Sanitation, dispensaries and jails vaccination Rajputana 1922-1927 - 1922-1927
Year: 1922
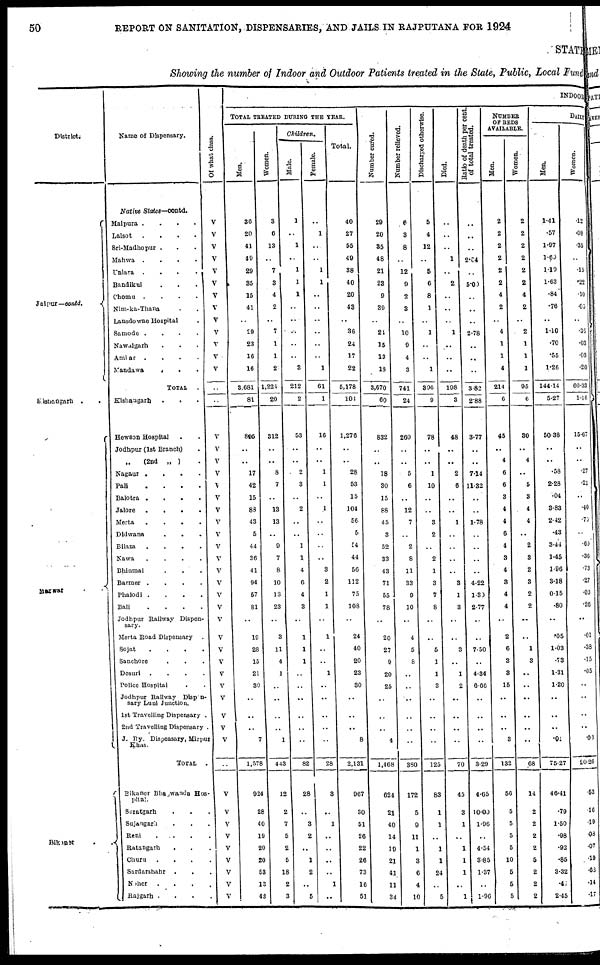
50
REPORT ON SANITATION, DISPENSARIES, AND JAILS IN RAJPUTANA FOR 1924
STATE
Showing the number of Indoor and Outdoor Patients treated in the State, Public, Local Fund
District
Jaipur—conld.
Kishangarh .
.
Marwar
Bikaner
.
.
Name of Dispensary.
Native
States—contd.
Malpura .
.
.
.
Lalsot
.
.
.
.
Sri-Madhopur . . .
Mahwa
.
. . . .
Uniara
.
.
.
.
Bandikui . . .
Chomu .
.
.
.
Nim-ka-Thana . .
Lansdowne Hospital
.
Samode .
.
.
.
Nawalgarh . . .
Amlar
.
.
.
.
Mandawa . . .
TOTAL .
Kishangarh . . .
Hewson Hospital .
Jodhpur (1st Branch)
„
(2nd „ ) .
Nagaur .
.
.
.
Pali
.
.
.
.
Balotra .
.
.
.
Jalore . . . .
Merta
.
.
.
.
Didwana
.
.
Bilana
.
.
.
.
Nawa
.
.
.
.
Bhinmal
.
.
.
Barmer .
.
.
.
Phalodi .
.
.
.
Bali
.
.
.
.
Jodhpur Railway Dispen-
sary.
Merta Road Dispensary
Sojat
.
.
.
.
Sanchore
.
.
Desuri
.
.
.
.
Police Hospital
Jodhpur Railway Dispen¬
sary Luni Junction.
1st Travelling Dispensary .
2nd Travelling Dispensary .
J. Ry. Dispensary, Mirpur
Khas.
TOTAL
.
Bikaner Bhagwanda Hos-
pital.
Suratgarh . . .
Sujangarh . . .
Reni
.
.
.
.
Ratangarh
. . .
Churu
.
.
.
.
Sardarshahr
.
Noher
.
.
.
.
Rajgarh .
.
.
.
Of what class.
V
V
V
V
V
V
V
V
V
V
V
V
V
..
..
V
V
V
V
V
V
V
V
V
V
V
V
V
V
V
V
V
V
V
V
V
V
V
V
V
..
V
V
V
V
V
V
V
V
V
INDOOR
TOTAL TREATED DURING THE YEAR.
Men.
36
20
41
49
29
.35
15
41
..
29
23
16
16
3,681
81
805
..
..
17
42
15
88
43
5
44
36
41
94
57
81
..
10
28
15
21
30
..
..
..
7
1,578
924
28
40
19
20
20
53
13
43
Women.
3
6
13
..
7
3
4
2
..
7
1
1
2
1,224
20
312
..
..
8
7
..
13
13
..
9
7
8
10
13
23
..
3
11
4
1
..
..
..
..
1
443
12
2
7
5
2
5
18
2
3
Children.
Male.
1
..
1
..
1
1
1
..
..
..
..
..
3
212
2
53
..
..
2
3
..
2
..
..
1
1
4
6
4
3
..
1
1
1
..
..
..
..
..
..
82
28
..
3
2
..
1
2
..
5
Female.
..
1
..
..
1
1
..
..
..
..
..
..
1
61
1
16
..
..
1
1
..
1
..
..
..
..
3
2
1
1
..
1
..
..
1
..
..
..
..
..
28
3
..
1
..
..
..
..
1
..
Total.
40
27
55
49
38
40
20
43
..
36
24
17
22
5,178
104
1,276
..
..
28
53
15
104
56
6
54
44
50
112
75
108
..
24
40
20
23
30
..
..
..
8
2,131
967
30
51
26
22
26
73
16
51
Number cured.
20
20
35
48
21
23
9
39
..
24
15
13
18
3,670
60
832
..
..
18
30
15
88
45
3
52
33
43
71
55
78
..
20
27
8
20
25
..
..
..
4
1,468
624
21
40
14
19
21
41
11
34
Number relieved.
6
3
8
..
12
9
2
3
..
10
9
4
3
741
24
260
..
..
5
6
..
12
7
..
2
8
11
33
9
10
..
4
5
8
..
..
..
..
..
..
380
172
5
9
11
1
3
6
4
10
Discharged otherwise.
5
4
12
..
5
6
8
1
..
1
..
..
1
396
9
78
..
..
1
10
..
..
3
2
..
2
1
3
7
8
..
..
5
1
1
3
..
..
..
..
125
83
1
1
..
1
1
24
..
5
Died.
..
..
..
1
..
2
..
..
..
1
..
..
..
198
3
48
..
..
2
6
..
..
1
..
..
..
..
3
1
3
..
..
3
..
1
2
..
..
..
..
70
45
3
1
..
1
1
1
..
1
Ratio of death per cent.
of total treated.
..
..
..
2.04
..
5.00
..
..
..
2.78
..
..
..
3.82
2.88
3.77
..
..
7.14
11.32
..
..
1.78
..
..
..
..
4.22
1.30
2.77
..
..
7.50
..
4.34
6.66
..
..
..
..
3.29
4.65
10.00
1.96
..
4.54
3.85
1.37
..
1.90
NUMBER
OF BEDS
AVAILABLE.
Men.
2
2
2
2
2
2
4
2
..
4
1
1
4
214
6
45
..
4
6
6
3
4
4
6
4
3
4
3
4
4
..
2
6
3
3
15
..
..
..
3
132
56
5
5
5
5
10
5
5
5
Women.
2
2
2
2
2
2
4
2
..
2
1
1
1
95
6
30
..
4
..
5
3
4
4
..
2
3
2
3
2
2
..
..
1
3
..
..
..
..
..
..
68
14
2
2
2
2
5
2
2
2
DAILY
Men.
1.41
.57
1.97
1.60
1.19
1.63
.84
.76
..
1.10
.70
.55
1.26
144.14
5.27
50.38
..
..
.58
2.28
.04
3.83
2.42
.43
3.44
1.45
1.96
3.18
0.15
.80
..
.05
1.03
.73
1.31
1.20
..
..
..
.01
75.27
46.41
.79
1.50
.98
.92
.85
3.32
.47
2.45
Women.
.12
.08
.35
..
.15
.22
.10
.03
..
.36
.03
.03
.20
60.33
1.16
15.67
..
..
.27
.21
..
.40
.75
..
.60
.36
.73
.27
.03
.26
..
.01
.33
.15
.05
..
..
..
..
.03
20.26
.53
.16
.19
.08
.07
.19
.68
.14
.17